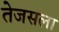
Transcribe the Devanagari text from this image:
तेजसला